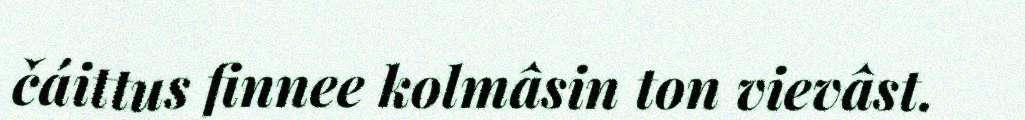
čáittus finnee kolmâsin ton vievâst.